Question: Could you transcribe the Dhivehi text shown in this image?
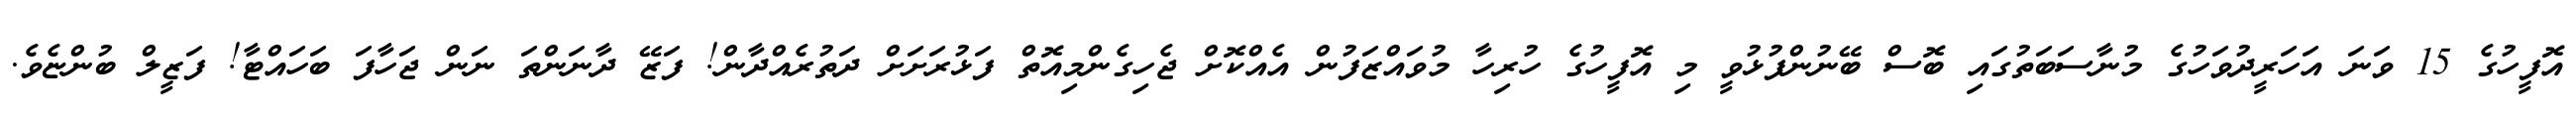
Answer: އޮފީހުގެ 15 ވަނަ އަހަރީދުވަހުގެ މުނާސަބަތުގައި ބޮސް ބޭނުންފުޅުވީ މި އޮފީހުގެ ހުރިހާ މުވައްޒަފުން އެއްކޮށް ޖެހިގެންމިއޮތް ފަޅުރަށަށް ދަތުރެއްދާން! ފަޒޭ ދާނަންތަ ނަން ޖަހާފަ ބަހައްޓާ! ފަޒީލް ބުންޏެވެ.